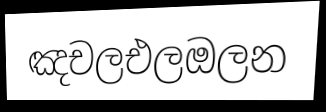
ඤචලඑලඔලන